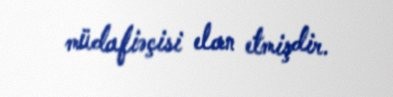
müdafiəçisi elan etmişdir.